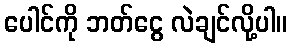
ပေါင်ကို ဘတ်ငွေ လဲချင်လို့ပါ။